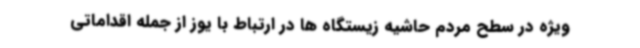
ویژه در سطح مردم حاشیه زیستگاه ها در ارتباط با یوز از جمله اقداماتی